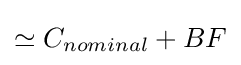
\simeq C_{nominal}+BF